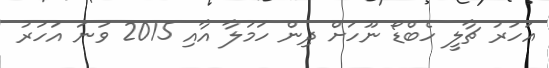
އަހަރު ޗާލީ ހެބްޑޯ ނޫހަށް ދިން ހަމަލާ އާއި 2015 ވަނަ އަހަރު